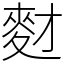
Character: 䴭